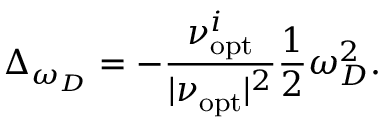
\Delta _ { \omega _ { D } } = - \frac { \nu _ { \mathrm { o p t } } ^ { i } } { | \nu _ { \mathrm { o p t } } | ^ { 2 } } \frac { 1 } { 2 } \omega _ { D } ^ { 2 } .